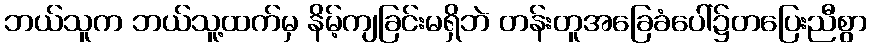
ဘယ်သူက ဘယ်သူ့ထက်မှ နိမ့်ကျခြင်းမရှိဘဲ တန်းတူအခြေခံပေါ်၌တပြေးညီစွာ